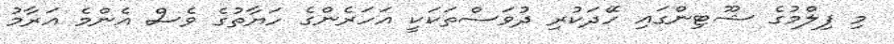
މި ފިލްމުގެ ޝޫޓިންގައި ހޭދަކުރި ދުވަސްތަކަކީ އަހަރެންގެ ހަޔާތުގެ ވެސް އެންމެ އަރާމު